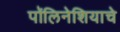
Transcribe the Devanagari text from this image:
पॉलिनेशियाचे